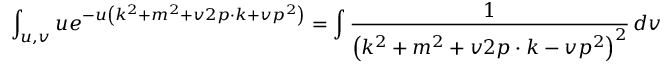
\int _ { u , v } u e ^ { - u \left( k ^ { 2 } + m ^ { 2 } + v 2 p \cdot k + v p ^ { 2 } \right) } = \int { \frac { 1 } { \left( k ^ { 2 } + m ^ { 2 } + v 2 p \cdot k - v p ^ { 2 } \right) ^ { 2 } } } \, d v